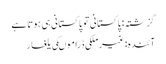
گزشتہ: پاکستانی تو پاکستانی ہی ہوتا ہے
آئندہ: غیرملکی ڈراموںکی یلغار